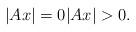
LaTeX: \begin{align*}\vert Ax\vert =0\vert Ax\vert >0.\end{align*}